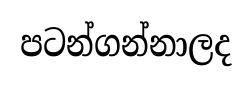
පටන්ගන්නාලද